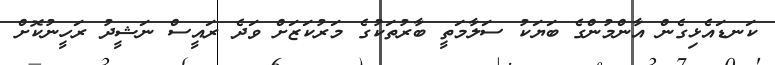
ކަނޑައެޅިގެން އާންމުންގެ ބަޔަކު ސަލާމަތީ ބާރުތަކުގެ މަރުކަޒަށް ވަދެ ރައީސް ނަޝީދު ރަހީނުކޮށް